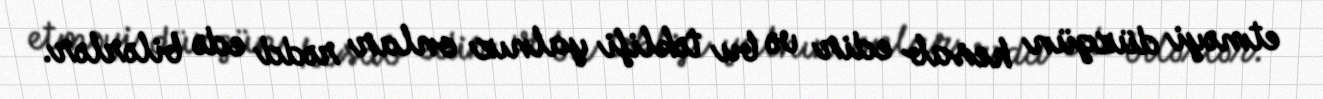
etməyi düzgün hesab edir və bu təklifi yalnız onlar rədd edə bilərlər.